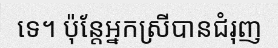
ទេ។ ប៉ុន្តែអ្នកស្រីបានជំរុញ